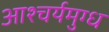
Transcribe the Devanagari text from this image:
आश्चर्यमुग्ध